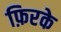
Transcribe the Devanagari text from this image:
फ़िरके